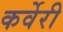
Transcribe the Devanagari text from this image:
कर्वेरी